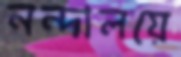
নন্দালয়ে